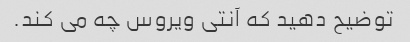
توضیح دهید که آنتی ویروس چه می کند.